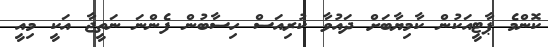
ކޮންމެ ޕާޓީއަކުން ކާމިޔާބަށް ދައުވާ ކުރިއަސް ހިސާބުން ފެންނަ ނަތީޖާ އަކީ މިއީ